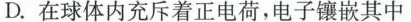
D.在球体内充斥着正电荷，电子镶嵌其中